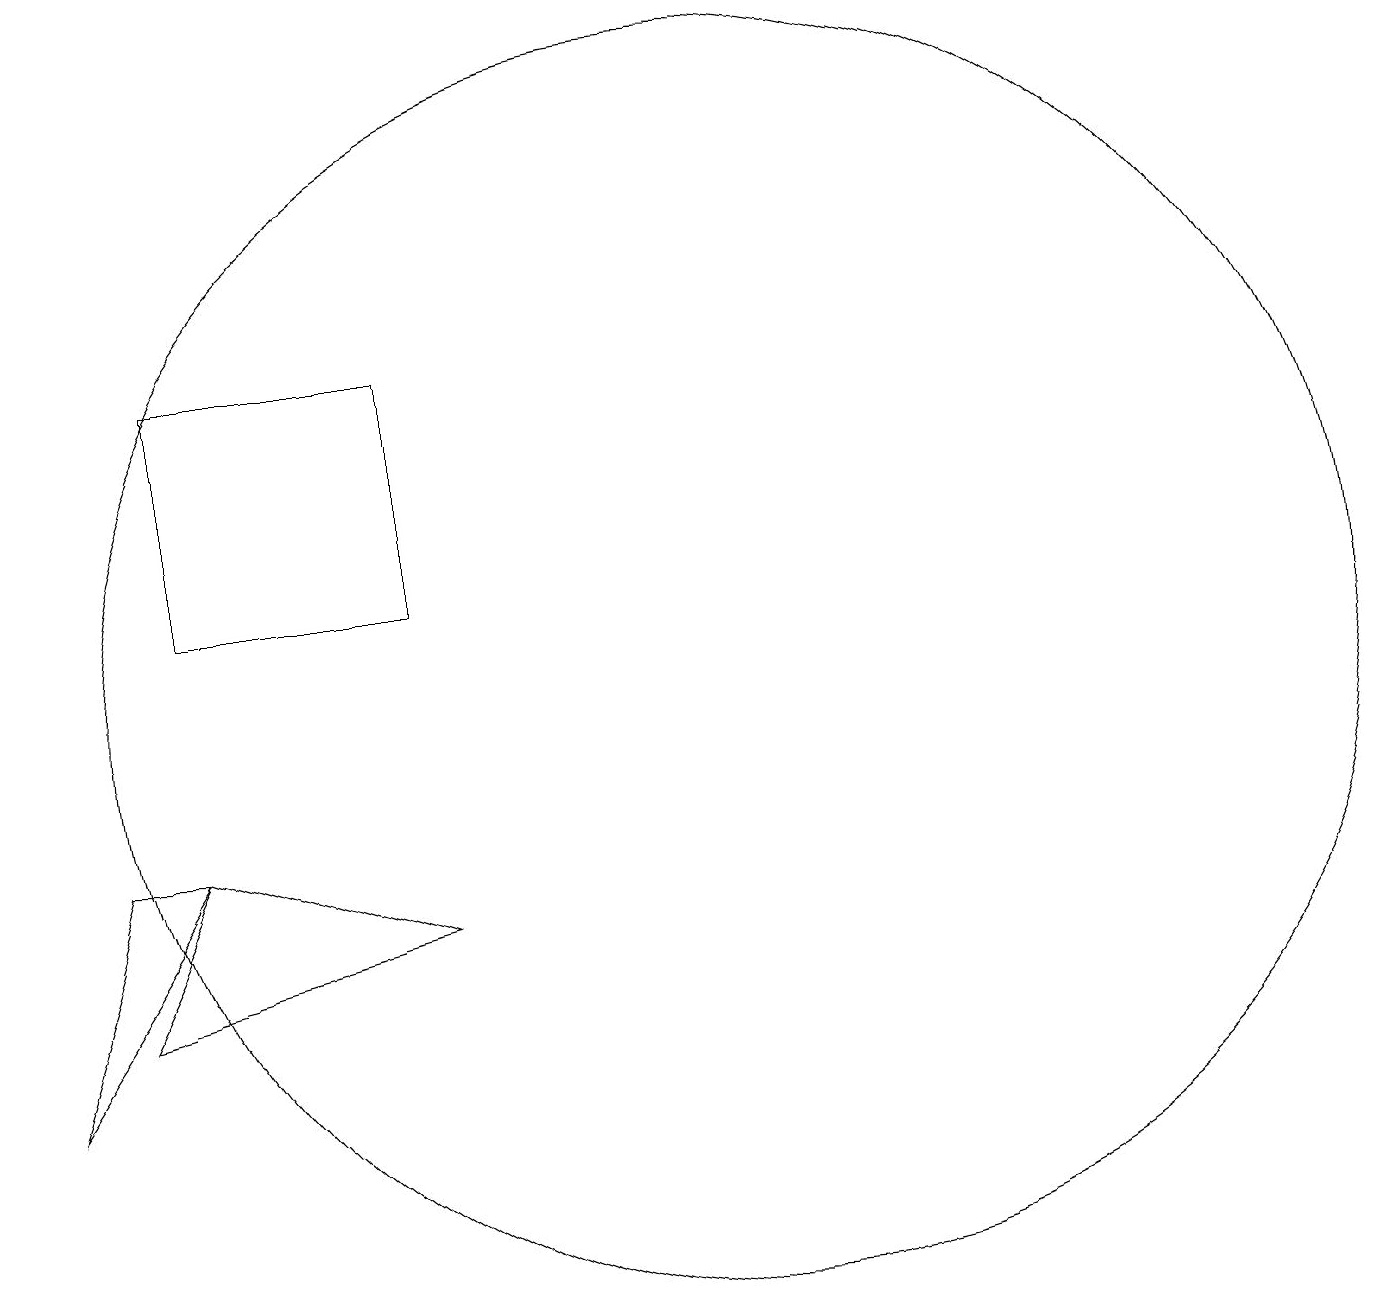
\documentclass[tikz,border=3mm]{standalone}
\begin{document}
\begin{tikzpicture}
\draw (6,11) rectangle (3,14);
\draw (10,10) circle (8);
\draw (2,6) -- (6,7) -- (3,8) -- cycle;
\draw (1,5) -- (2,8) -- (3,8) -- cycle;
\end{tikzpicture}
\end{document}